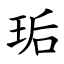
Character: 㻈